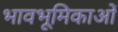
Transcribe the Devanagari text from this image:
भावभूमिकाओं